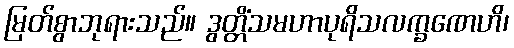
မြတ်စွာဘုရားသည်။ ဒွတ္တိံသမဟာပုရိသလက္ခဏေဟိ၊